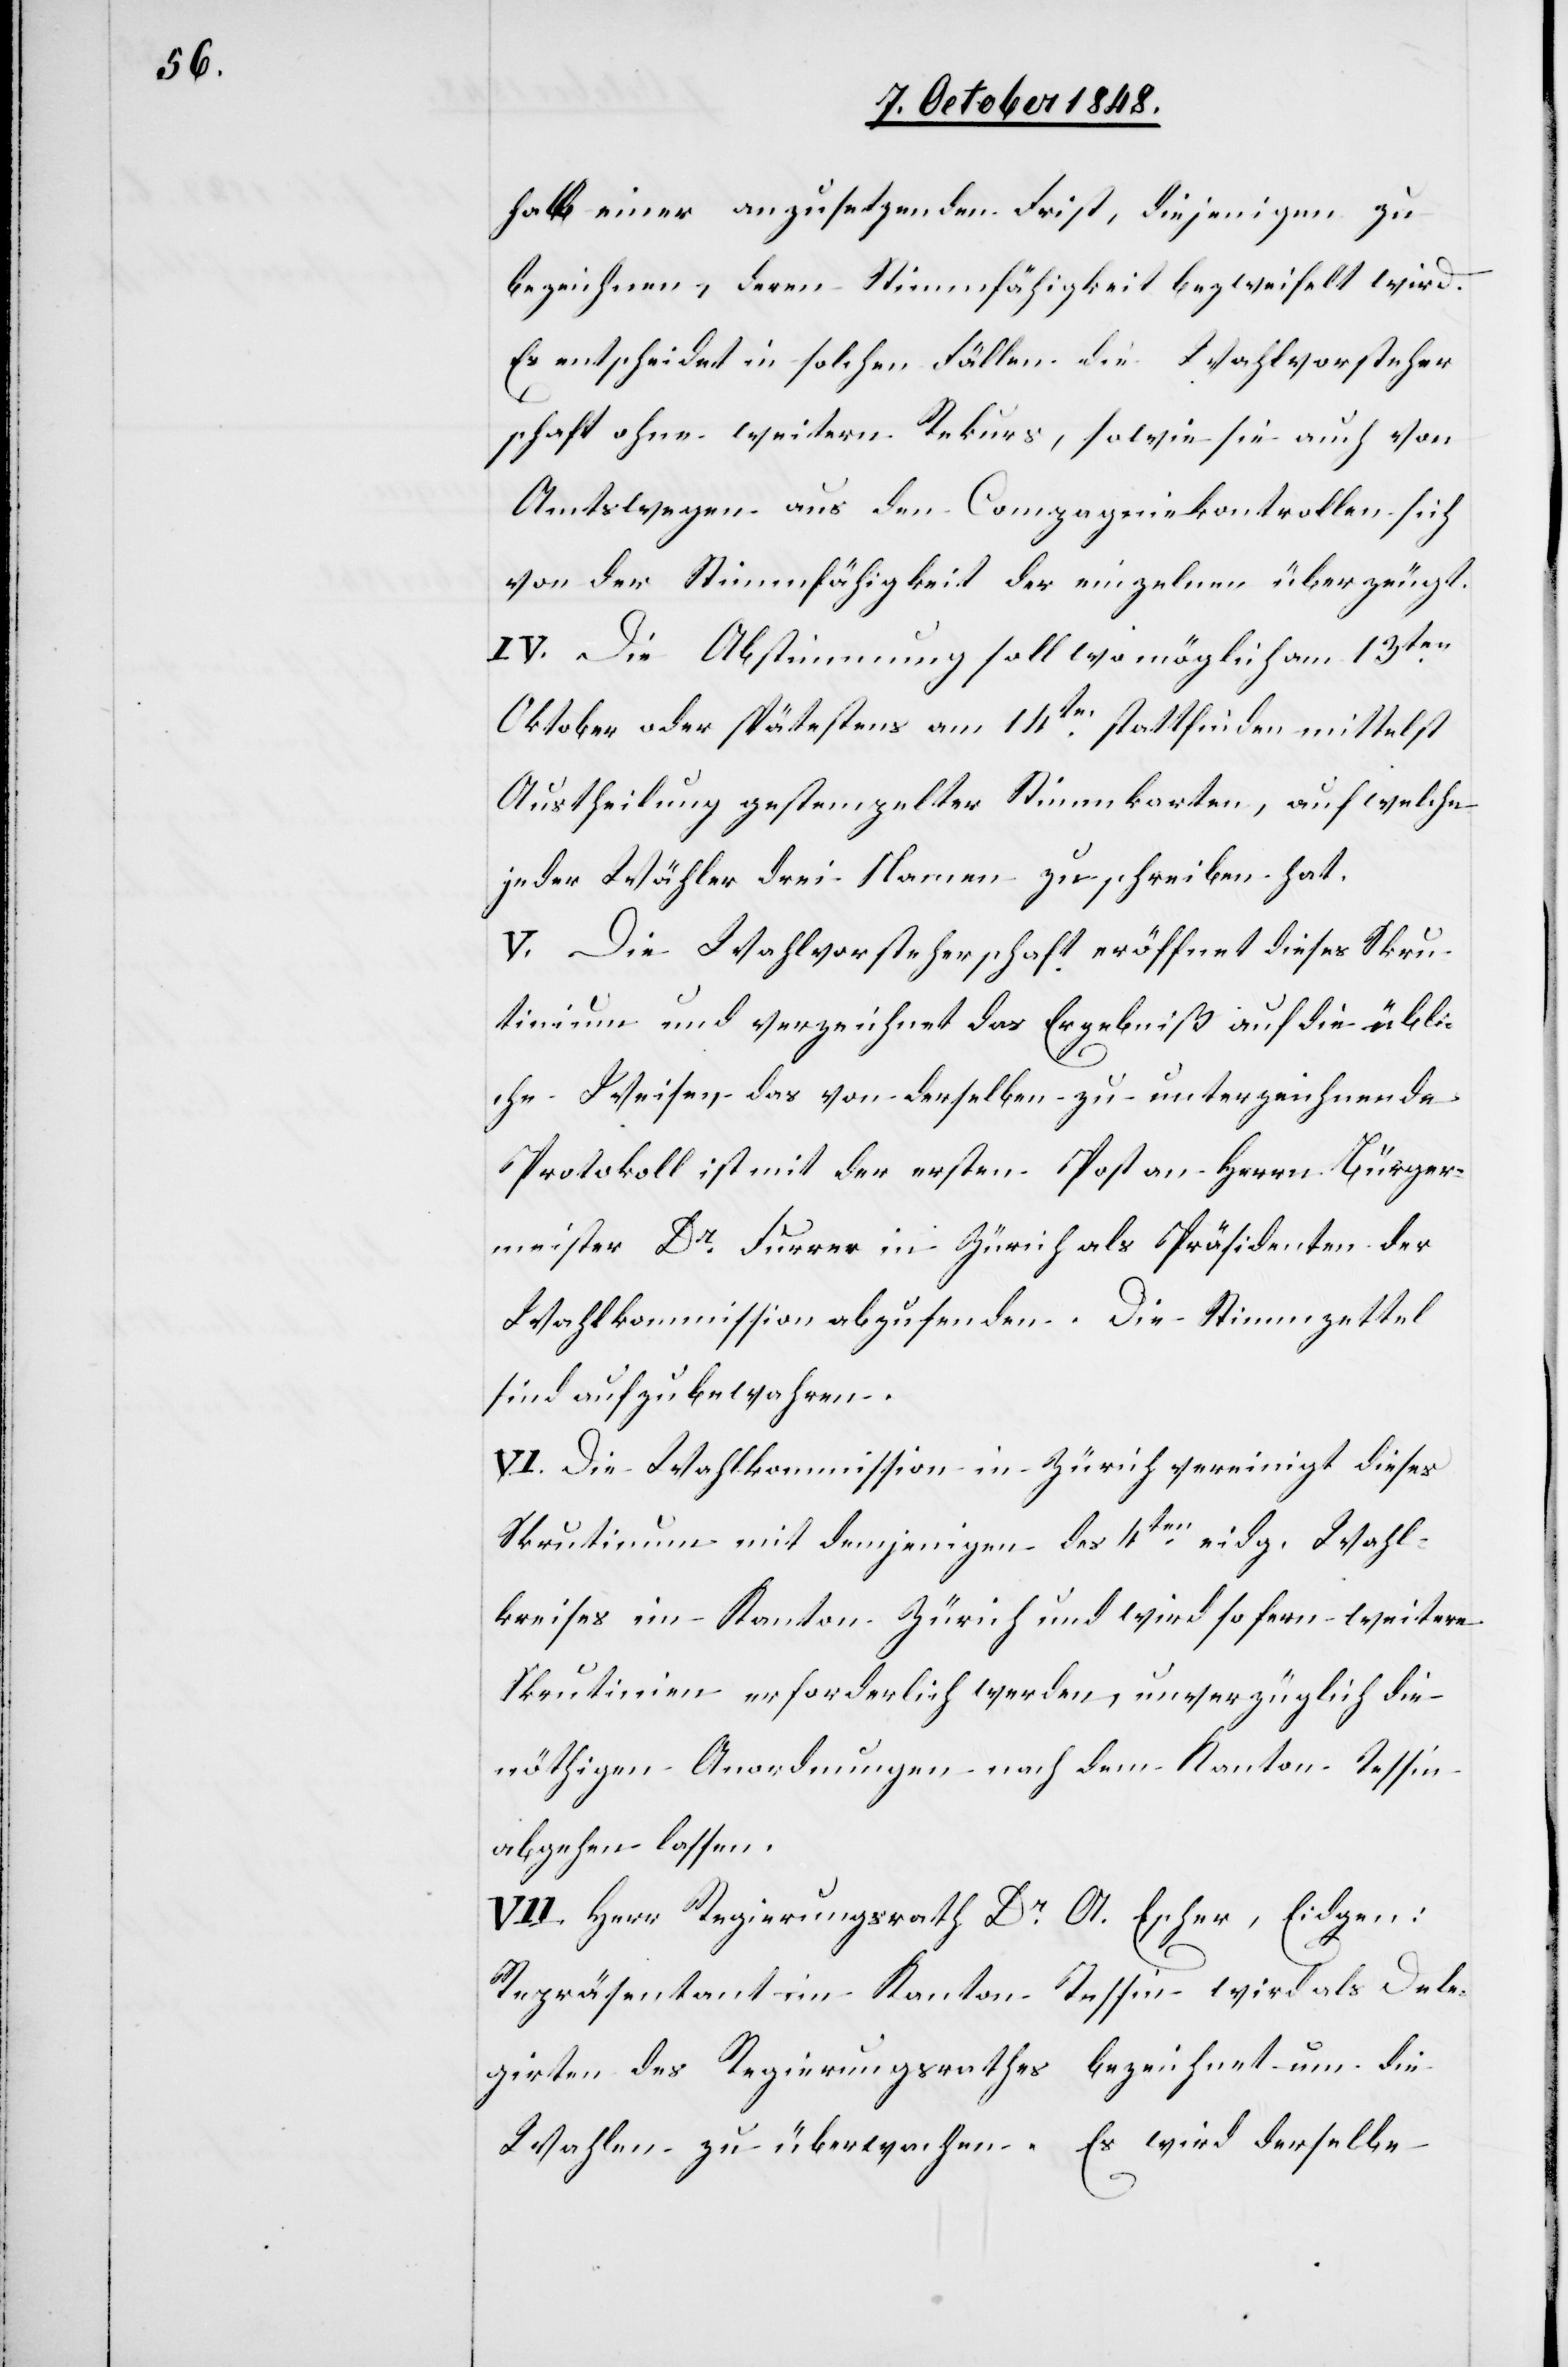
halb einer anzusetzenden Frist, diejenigen zu
bezeichnen, deren Stimmfähigkeit bezweifelt wird.
Es entscheidet in solchen Fällen die Wahlvorsteher¬
schaft ohne weitern Rekurs, sowie sie auch von
Amtswegen aus den Compagniekontrollen sich
von der Stimmfähigkeit der einzelnen überzeugt.
IV. Die Abstimmung soll wo möglich am 13ten
Oktober oder spätestens am 14ten statt finden mittelst
Austheilung gestempelter Stimmkarten, auf welche
jeder Wähler drei Namen zu schreiben hat.
V. Die Wahlvorsteherschaft eröffnet dieses Skru¬
tinium und verzeichnet das Ergebniß auf die übli¬
che Weise, das von derselben zu unterzeichnende
Protokoll ist mit der ersten Post an Herrn Bürger¬
meister Dr Furrer in Zürich als Präsidenten der
Wahlkommission abzusenden. Die Stimmzettel
sind aufzubewahren.
VI. Die Wahlkommission in Zürich vereinigt dieses
Skrutinium mit demjenigen des 4ten eidg. Wahl¬
kreises im Kanton Zürich und wird so fern weitere
Skrutinien erforderlich werden, unverzüglich die
nöhtigen Anordnungen nach dem Kanton Tessin
abgehen lassen.
VII. Herr Regierungsrath Dr A. Escher, Eidgen:
Repräsentant im Kanton Tessin wird als Dele¬
girten des Regierungsrathes bezeichnet um die
Wahlen zu überwachen. Es wird derselbe